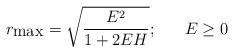
LaTeX: \begin{align*}r_{\mbox{max}}=\sqrt{\frac{E^2}{1+2EH}};\;\;\;\;\;\;E\geq 0\end{align*}